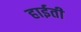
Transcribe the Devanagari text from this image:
हाईती